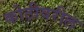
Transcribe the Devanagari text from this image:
कोठीवरील